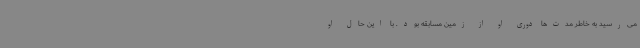
می‌رسید به‌ خاطر مدت‌ها دوری او از زمین مسابقه بود. با این حال او